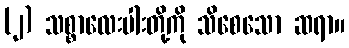
(၂) သစ္စာလေးပါးတို့ကို သိစေသော ဆရာ။